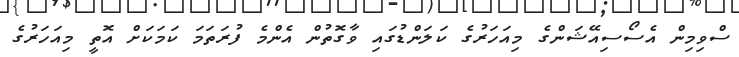
ސްވިމިން އެސޯސިއޭޝަންގެ މިއަހަރުގެ ކަލަންޑުގައި ވާގޮތުން އެންމެ ފުރަތަމަ ކަމަކަށް އޮތީ މިއަހަރުގެ